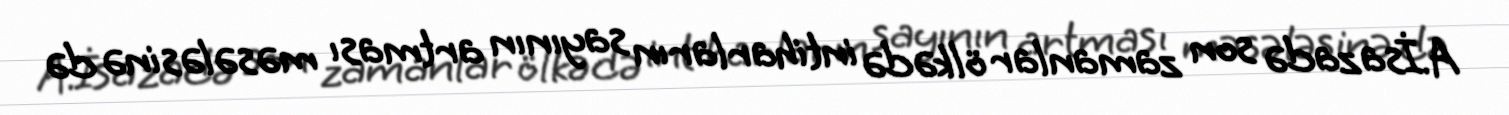
A.İsazadə son zamanlar ölkədə intiharların sayının artması məsələsinə də